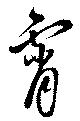
霄